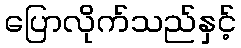
ပြောလိုက်သည်နှင့်